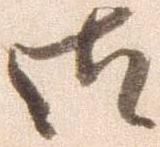
御